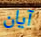
آيان